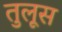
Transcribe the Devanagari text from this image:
तुलूस